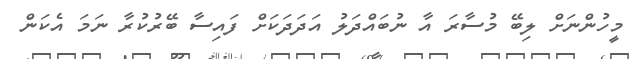
މީހުންނަށް ލިބޭ މުސާރަ އާ ނުބައްދަލު އަދަދަކަށް ފައިސާ ބޭރުކުރާ ނަމަ އެކަން